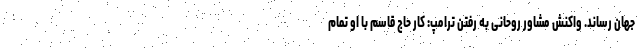
جهان رساند. واکنش مشاور روحانی به رفتن ترامپ: کار حاج قاسم با او تمام